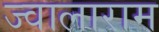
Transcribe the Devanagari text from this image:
ज्वालाराम